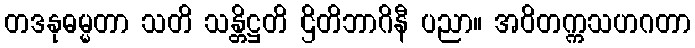
တဒနုဓမ္မတာ သတိ သန္တိဋ္ဌတိ ဌိတိဘာဂိနီ ပညာ။ အဝိတက္ကသဟဂတာ